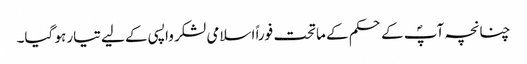
چنانچہ آپؐ کے حکم کے ماتحت فوراً اسلامی لشکر واپسی کے لیے تیار ہو گیا۔